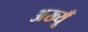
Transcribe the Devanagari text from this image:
अख्यूँ